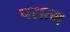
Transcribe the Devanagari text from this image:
परात्म